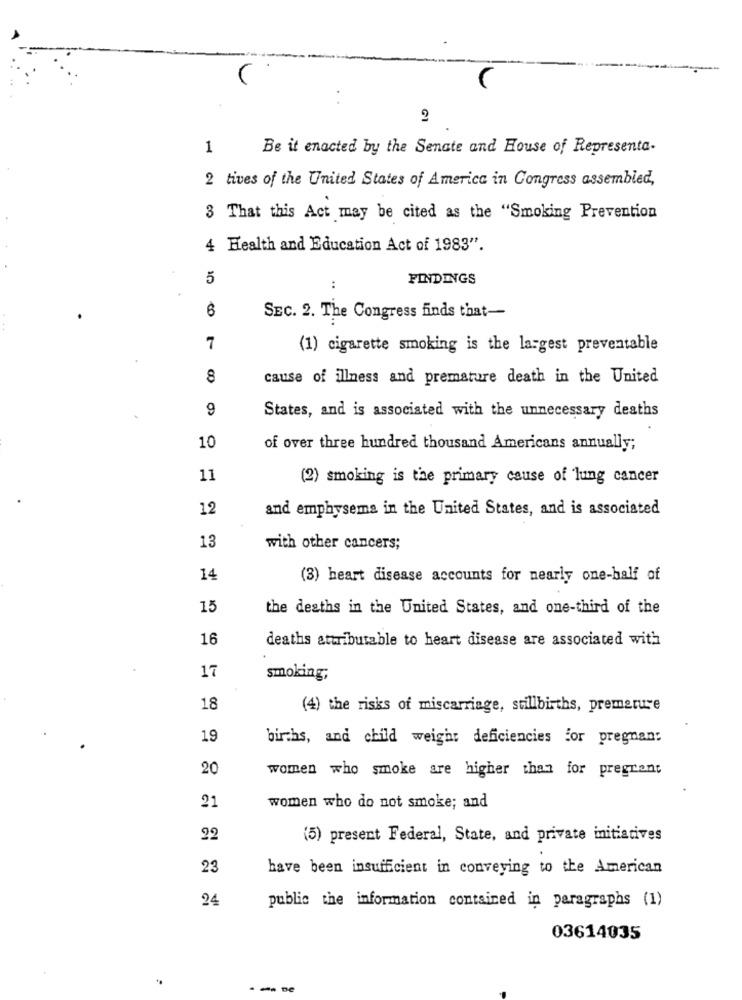
2
1
Be it enacted by the Senate and House of Representa-
2 tives of the United States of America in Congress assembled,
3 That this Act may be cited as the "Smoking Prevention
4 Health and Education Act of 1983".
5
FINDINGS
6
SEC. 2. The Congress finds that-
7
(1) cigarette smoking is the largest preventable
8
cause of illness and premature death in the United
9
States, and is associated with the unnecessary deaths
10
of over three hundred thousand Americans annually;
11
(2) smoking is the primary cause of lung cancer
12
and emphysema in the United States, and is associated
13
with other cancers;
14
(3) heart disease accounts for nearly one-half of
15
the deaths in the United States, and one-third of the
16
deaths attributable to heart disease are associated with
17
smoking,
18
(4) the risks of miscarriage, stillbirths, premeruce
19
births, and child weigh: deficiencies for pregnan:
20
women who smoke are higher than for pregrant
21
women who do not smoke; and
22
(5) present Federal, State, and private initiatives
23
have been insufficient in conveying to the American
24
public the information contained in paragraphs (1)
03614035
. -. De